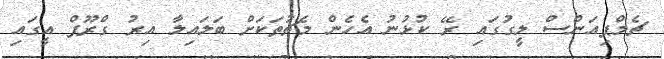
ޗެމްޕިއަންސް ލީގުގައި ރޭ ކުޅުނު އެހެން މެޗުތަކަށް ބަލައިލާ އިރު ގްރޫޕް އީގައި